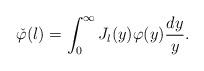
LaTeX: \begin{align*}\check{\varphi}(l)=\int_0^{\infty}J_l(y)\varphi(y)\frac{dy}{y}.\end{align*}